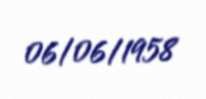
06/06/1958